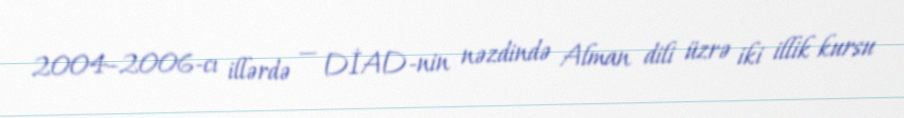
2004–2006-cı illərdə — DİAD-nin nəzdində Alman dili üzrə iki illik kursu